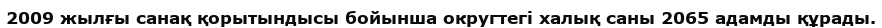
2009 жылғы санақ қорытындысы бойынша округтегі халық саны 2065 адамды құрады.